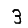
Digit: 3